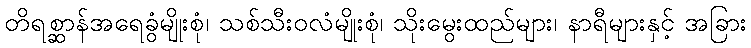
တိရစ္ဆာန်အရေခွံမျိုးစုံ၊ သစ်သီးဝလံမျိုးစုံ၊ သိုးမွေးထည်များ၊ နာရီများနှင့် အခြား